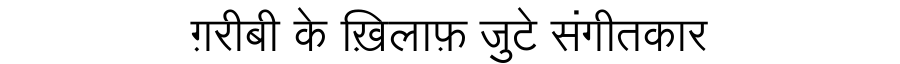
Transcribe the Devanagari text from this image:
ग़रीबी के ख़िलाफ़ जुटे संगीतकार